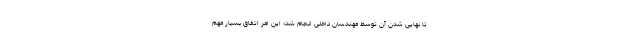
تا نهایی شدن آن توسط مهندسان داخلی انجام شد؛ این امر اتفاق بسیار مهم